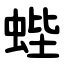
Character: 蜌